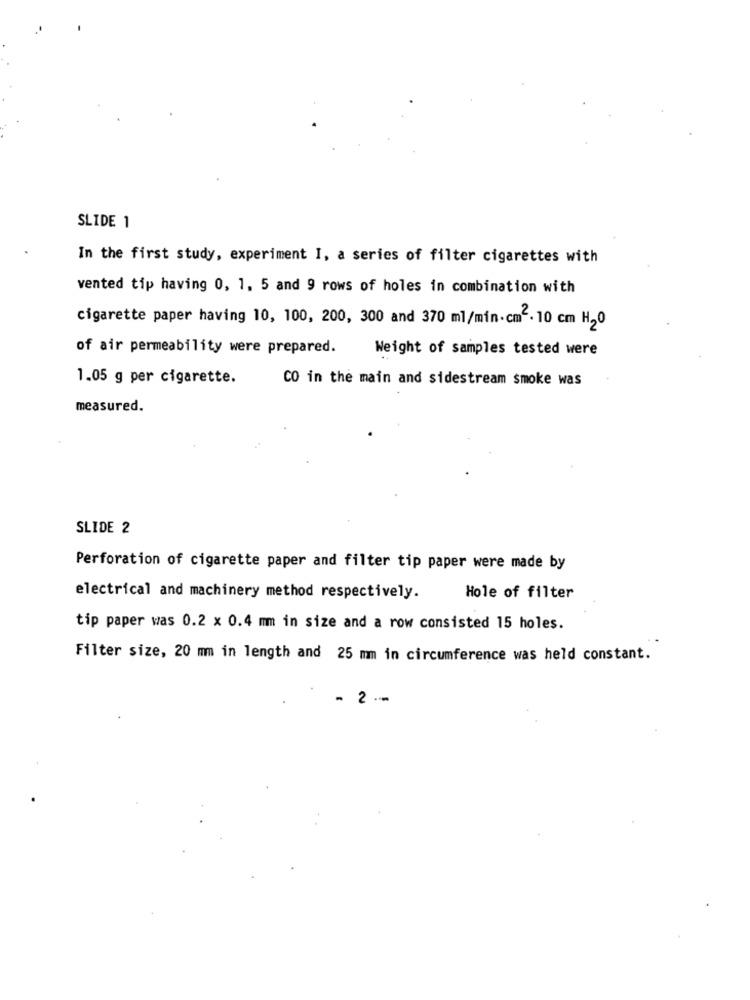
SLIDE 1
In the first study, experiment I, a series of filter cigarettes with
vented tip having 0, 1. 5 and 9 rows of holes in combination with
cigarette paper having 10, 100, 200, 300 and 370 ml/min.cm2. 10 cm H20
of air permeability were prepared.
Weight of samples tested were
1.05 g per cigarette.
CO in the main and sidestream smoke was
measured.
SLIDE 2
Perforation of cigarette paper and filter tip paper were made by
electrical and machinery method respectively.
Hole of filter
tip paper was 0.2 x 0.4 mm in size and a row consisted 15 holes.
Filter size, 20 mm in length and 25 mm in circumference was held constant.
- 2 .-